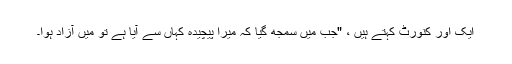
ایک اور کنورٹ کہتے ہیں ، "جب میں سمجھ گیا کہ میرا پیچیدہ کہاں سے آیا ہے تو میں آزاد ہوا۔